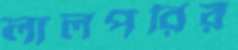
লালপরির